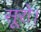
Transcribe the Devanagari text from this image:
सूरो।